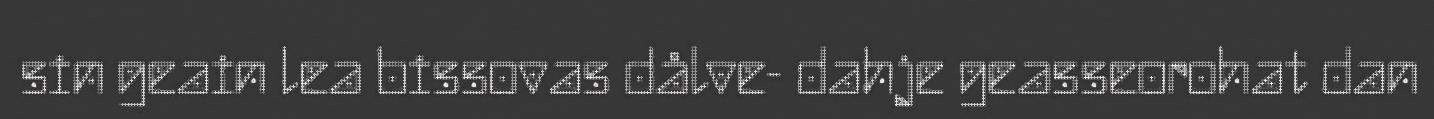
sin geain lea bissovas dålve- dahje geasseorohat dan